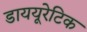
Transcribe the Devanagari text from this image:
डाययूरेटिक